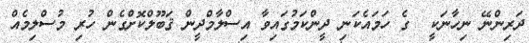
ދަރިންނޭ ނިހާނަކީ  ގެ ހަމައެކަނި ދީންކަމުގައިވާ އިސްލާމްދީން ޤަބޫލްކޮށްގެން ހުރި މުސްލިމެއް